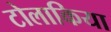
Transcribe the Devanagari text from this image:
टोलाकिया